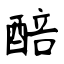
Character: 醅